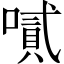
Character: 𠽬